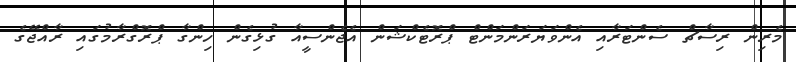
މެރިން ރިސާޗް ސެންޓަރާއި އެންވަޔަރަންމަންޓް ޕްރޮޓެކްޝަން އެޖެންސީއާ ގުޅިގެން ހިންގާ ޕްރޮގްރާމުގައި ރާއްޖޭގެ